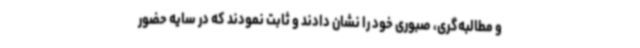
و مطالبه‌گری، صبوری خود را نشان دادند و ثابت نمودند که در سایه حضور